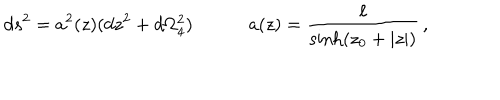
d s ^ { 2 } = a ^ { 2 } ( z ) ( d z ^ { 2 } + d \Omega _ { 4 } ^ { 2 } ) \quad \qquad a ( z ) = \frac { \ell } { \sinh ( z _ { 0 } + | z | ) } \, ,